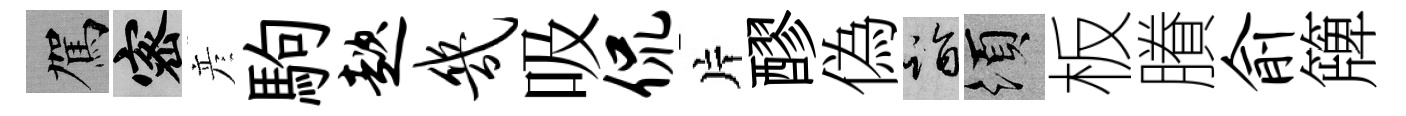
駕密彦駒趑几吸侃片醪偽诣須板賸俞簰